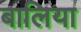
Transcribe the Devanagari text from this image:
बालिया